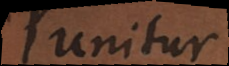
unitur